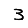
Digit: 3